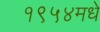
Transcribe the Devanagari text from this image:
१९५४मधे